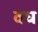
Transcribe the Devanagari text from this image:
वघ